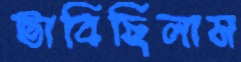
ভাবিছিলাম